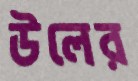
উলের